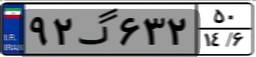
۹۲گ۶۳۲۵۰